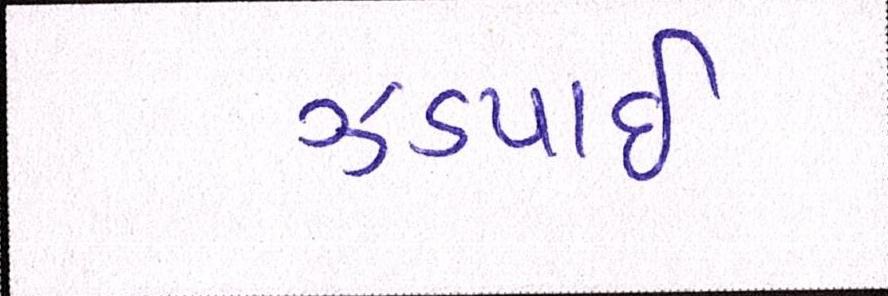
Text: ઝડપાઈ